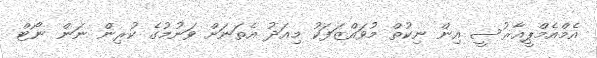
އެމްއެމްޕީއާޜުސީ އިން ނިކުތް މުވައްޒަފަކު މިއަދު އެތަނަށް ވަނުމުގެ ކުރިން ނަން ނޯޓް